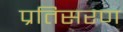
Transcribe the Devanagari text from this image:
प्रतिसरण